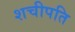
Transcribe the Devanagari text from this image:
शचीपति